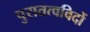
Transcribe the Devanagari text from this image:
पुरातत्‍वविदों